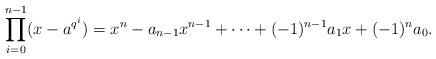
LaTeX: \begin{align*}\prod_{i = 0}^{n-1} (x - a^{q^i}) = x^n - a_{n-1}x^{n-1} + \cdots +(-1)^{n-1}a_1x +(-1)^{n} a_0.\end{align*}